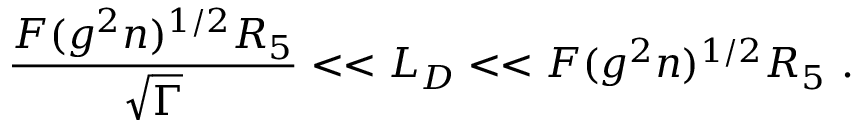
\frac { F ( g ^ { 2 } n ) ^ { 1 / 2 } R _ { 5 } } { \sqrt \Gamma } < < L _ { D } < < F ( g ^ { 2 } n ) ^ { 1 / 2 } R _ { 5 } \ .